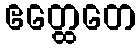
ဧတ္ထေတေ